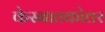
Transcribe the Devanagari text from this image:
केस्नातकोत्तर